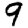
Digit: 9